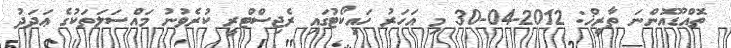
ތޮއްޑޫއޮންނަ ތާރީޚް: 2012-04-30 މި އަހަރު ހައިކޯޓުގައި ރެޖިސްޓްރީ ކުރެވުނު މައްސަލަތަކުގެ ޢަދަދު